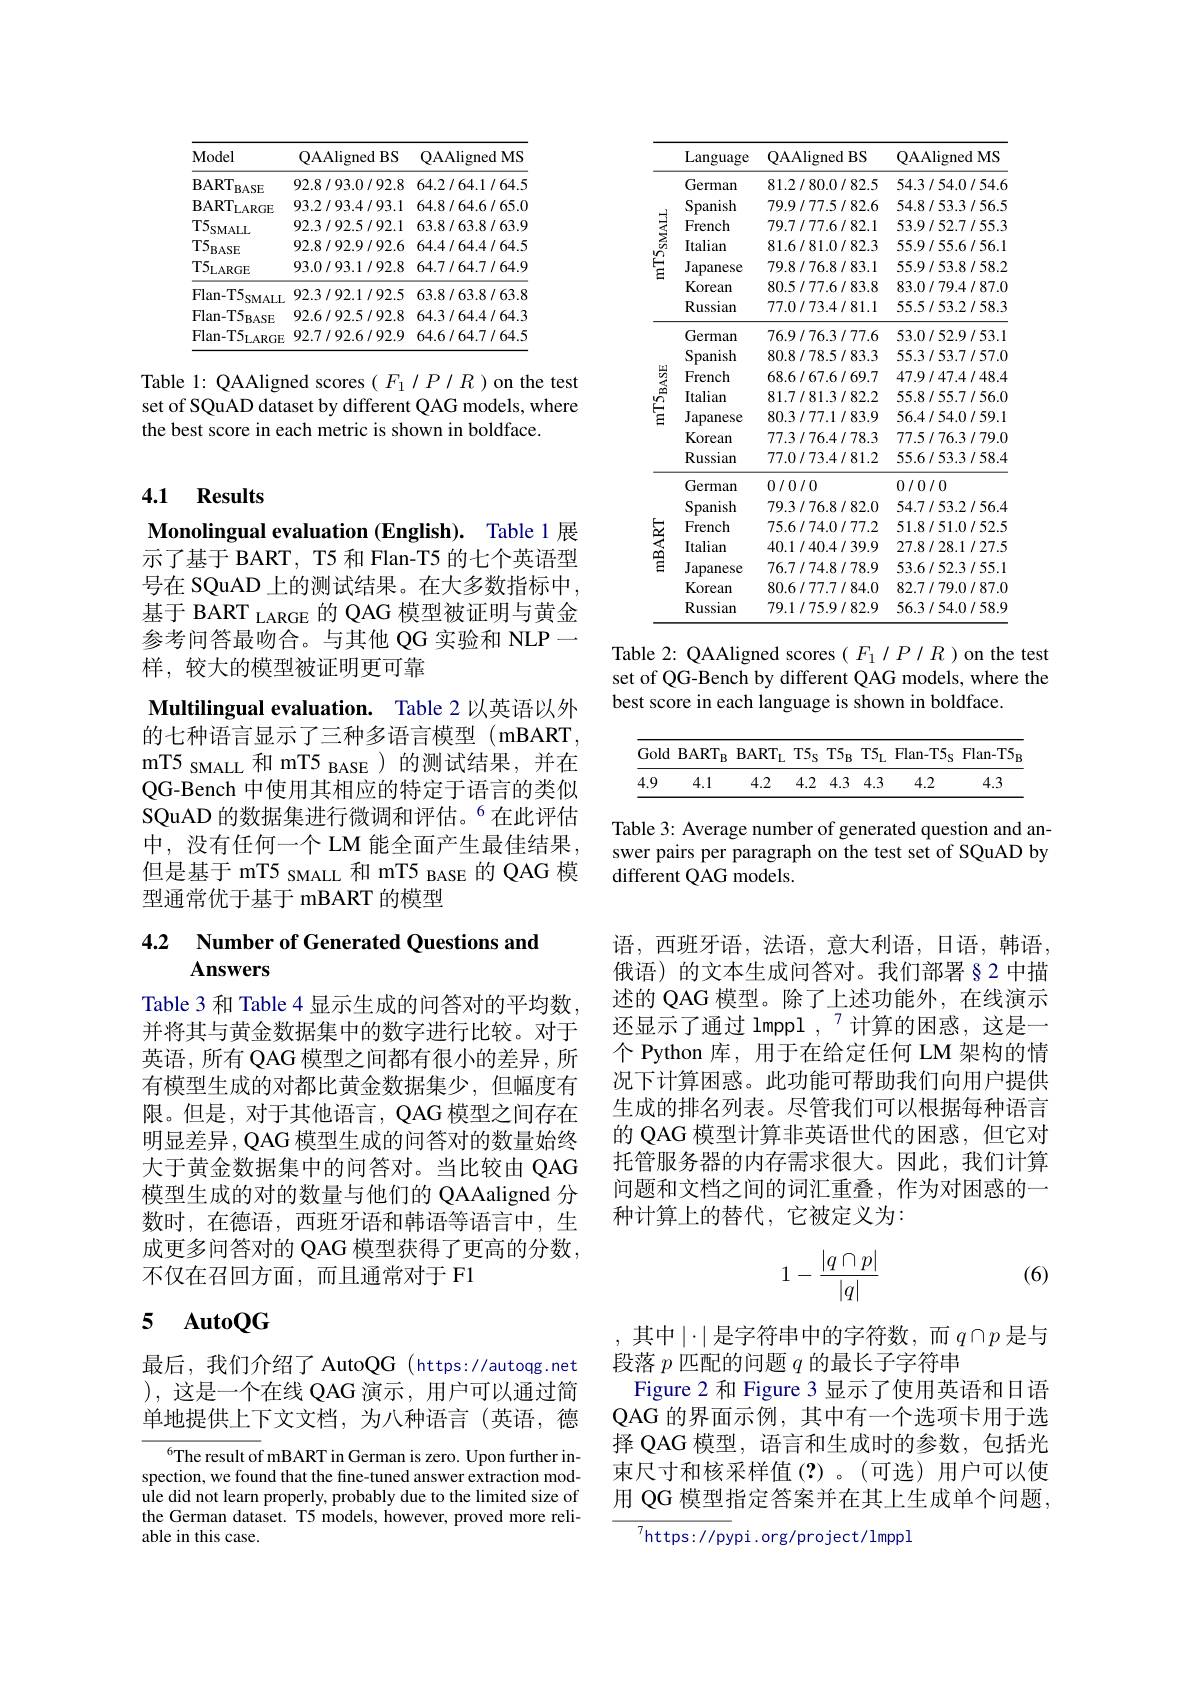
<table>
	<tbody>
		<tr>
			<th>Model</th>
			<th>QAAligned BS</th>
			<th>QAAligned MS</th>
		</tr>
		<tr>
			<td>$\mathbf{BART}$ BASE</td>
			<td>92.8/93.0/92.8</td>
			<td>64.2/64.1/64.5</td>
		</tr>
		<tr>
			<td>$\mathrm{BART}_{\mathrm{LARGE}}$</td>
			<td>93.2/93.4/93.1</td>
			<td>64.8/64.6/65.0</td>
		</tr>
		<tr>
			<td>$T5$ SMALL</td>
			<td>92.3/92.5/92.1</td>
			<td>63.8/63.8/63.9</td>
		</tr>
		<tr>
			<td>$T5$ 'BASE</td>
			<td>92.8/92.9/92.6</td>
			<td>64.4/64.4/64.5</td>
		</tr>
		<tr>
			<td>$\mathrm{T5}_{\mathrm{LARGE}}$</td>
			<td>93.0/93.1/92.8</td>
			<td>64.7/64.7/64.9</td>
		</tr>
		<tr>
			<td>Flan- T5 SMALL</td>
			<td>92.3/92.1/92.5</td>
			<td>63.8/63.8/63.8</td>
		</tr>
		<tr>
			<td>$\mathrm{Flan-T5}_{\mathrm{BASE}}$</td>
			<td>92.6/92.5/92.8</td>
			<td>64.3/64.4/64.3</td>
		</tr>
		<tr>
			<td>$\mathrm{Flan-T5}_{\mathrm{LARGE}}$</td>
			<td>92.7/92.6/92.9</td>
			<td>64.6/64.7/64.5</td>
		</tr>
	</tbody>
</table>

Table 1: QAAligned scores $(F_1/P/R)$ on the test set of SQuAD dataset by different QAG models, where the best score in each metric is shown in boldface.

### 4.1 Results

Monolingual evaluation (English). Table 1 展示了基于 BART, T5 和 Flan-T5 的七个英语型号在 SQuAD 上的测试结果。在大多数指标中， 基于 BART LARGE 的 QAG 模型被证明与黄金参考问答最吻合。与其他 OG 实验和 NLP— 样，较大的模型被证明更可靠
Multilingual evaluation. Table 2 以英语以外的七种语言显示了三种多语言模型(mBART, mT5 SMALL 和 mT5 BASE )的测试结果，并在QG-Bench 中使用其相应的特定于语言的类似SQuAD 的数据集进行微调和评估。$^{6}$在此评估中，没有任何一个 LM 能全面产生最佳结果但是基于 mT5 sMALL 和 mT5 BASE 的 QAG 模型通常优于基于 mBART 的模型

## 4.2 Number of Generated Questions and Answers

Table 3 和 Table 4 显示生成的问答对的平均数， 并将其与黄金数据集中的数字进行比较。对于英语，所有 QAG 模型之间都有很小的差异，所有模型生成的对都比黄金数据集少，但幅度有限。但是，对于其他语言，QAG 模型之间存在明显差异，QAG 模型生成的问答对的数量始终大于黄金数据集中的问答对。当比较由 QAG 模型生成的对的数量与他们的 QAAaligned 分数时，在德语，西班牙语和韩语等语言中，生成更多问答对的 QAG 模型获得了更高的分数， 不仅在召回方面，而且通常对于 F1

## 5 $\textbf{AutoOG}$

最后，我们介绍了 AutoQG (https://autoqg.net ),这是一个在线 QAG 演示，用户可以通过简单地提供上下文文档，为八种语言(英语，德

$^{6}$The result of mBART in German is zero. Upon further inspection, we found that the fine-tuned answer extraction module did not learn properly, probably due to the limited size of the German dataset. T5 models, however, proved more reliable in this case.

<table>
	<tbody>
		<tr>
			<th> </th>
			<th>Language</th>
			<th>QAAligned BS</th>
			<th>QAAligned MS</th>
		</tr>
		<tr>
			<td rowspan="7">$m12_{\mathrm{SMAIJ}}$</td>
			<td>German</td>
			<td>81.2/80.0/82.5</td>
			<td>54.3/54.0/54.6</td>
		</tr>
		<tr>
			<td>Spanish</td>
			<td>79.9/77.5/82.6</td>
			<td>54.8/53.3/56.5</td>
		</tr>
		<tr>
			<td>French</td>
			<td>79.7/77.6/82.1</td>
			<td>53.9/52.7/55.3</td>
		</tr>
		<tr>
			<td>Italian</td>
			<td>81.6/81.0/82.3</td>
			<td>55.9/55.6/56.1</td>
		</tr>
		<tr>
			<td>Japanese</td>
			<td>79.8/76.8/83.1</td>
			<td>55.9/53.8/58.2</td>
		</tr>
		<tr>
			<td>Korean</td>
			<td>80.5/77.6/83.8</td>
			<td>83.0/79.4/87.0</td>
		</tr>
		<tr>
			<td>Russian</td>
			<td>77.0/73.4/81.1</td>
			<td>55.5/53.2/58.3</td>
		</tr>
		<tr>
			<td rowspan="7">$mlO_{\mathrm{RASF}}$</td>
			<td>German</td>
			<td>76.9/76.3/77.6</td>
			<td>53.0/52.9/53.1</td>
		</tr>
		<tr>
			<td>Spanish</td>
			<td>80.8/78.5/83.3</td>
			<td>55.3/53.7/57.0</td>
		</tr>
		<tr>
			<td>French</td>
			<td>68.6/67.6/69.7</td>
			<td>47.9/47.4/48.4</td>
		</tr>
		<tr>
			<td>Italian</td>
			<td>81.7/81.3/82.2</td>
			<td>55.8/55.7/56.0</td>
		</tr>
		<tr>
			<td>Japanese</td>
			<td>80.3/77.1/83.9</td>
			<td>56.4/54.0/59.1</td>
		</tr>
		<tr>
			<td>Korean</td>
			<td>77.3/76.4/78.3</td>
			<td>77.5/76.3/79.0</td>
		</tr>
		<tr>
			<td>Russian</td>
			<td>77.0/73.4/81.2</td>
			<td>55.6/53.3/58.4</td>
		</tr>
		<tr>
			<td rowspan="7">mBART</td>
			<td>German</td>
			<td>0/0/0</td>
			<td>0/0/0</td>
		</tr>
		<tr>
			<td>Spanish</td>
			<td>79.3/76.8/82.0</td>
			<td>54.7/53.2/56.4</td>
		</tr>
		<tr>
			<td>French</td>
			<td>75.6/74.0/77.2</td>
			<td>51.8/51.0/52.5</td>
		</tr>
		<tr>
			<td>Italian</td>
			<td>40.1/40.4/39.9</td>
			<td>27.8/28.1/27.5</td>
		</tr>
		<tr>
			<td>Japanese</td>
			<td>76.7/74.8/78.9</td>
			<td>53.6/52.3/55.1</td>
		</tr>
		<tr>
			<td>Korean</td>
			<td>80.6/77.7/84.0</td>
			<td>82.7/79.0/87.0</td>
		</tr>
		<tr>
			<td>Russian</td>
			<td>79.1/75.9/82.9</td>
			<td>56.3/54.0/58.9</td>
		</tr>
	</tbody>
</table>

Table 2: QAAligned scores $(F_1/P/R)$ on the test set of QG-Bench by different QAG models, where the best score in each language is shown in boldface.

<table>
	<tbody>
		<tr>
			<th>Gold</th>
			<th>$BART$ $B$</th>
			<th>$BART_{\mathrm{L}}$</th>
			<th>$T5s$</th>
			<th>$T5_{\mathrm{F}}$ $^{\prime}B$ 1 I</th>
			<th>$T5_{\mathrm{L}}$</th>
			<th>$Flan-T5_S$</th>
			<th>Flan- T5</th>
		</tr>
		<tr>
			<td>4.9</td>
			<td>4.1</td>
			<td>4.2</td>
			<td>4.2</td>
			<td>4.3</td>
			<td>4.3</td>
			<td>4.2</td>
			<td>4.3</td>
		</tr>
	</tbody>
</table>

Table 3: Average number of generated question and answer pairs per paragraph on the test set of SQuAD by different QAG models.

语，西班牙语，法语，意大利语，日语，韩语俄语)的文本生成问答对。我们部署§2 中描述的 QAG 模型。除了上述功能外，在线演示还显示了通过 lmppl $,^{7}$计算的困惑，这是一个 Python 库，用于在给定任何 LM 架构的情况下计算困惑。此功能可帮助我们向用户提供生成的排名列表。尽管我们可以根据每种语言的 QAG 模型计算非英语世代的困惑，但它对托管服务器的内存需求很大。因此，我们计算问题和文档之间的词汇重叠，作为对困惑的一种计算上的替代，它被定义为：

(6)
$$1-\frac{|q\cap p|}{|q|}$$
,其中$\mid\cdot\mid$是字符串中的字符数，而$q\cap p$ 是与
段落$p$匹配的问题$q$的最长子字符串
Figure 2 和 Figure 3 显示了使用英语和日语QAG 的界面示例，其中有一个选项卡用于选择 QAG 模型，语言和生成时的参数，包括光束尺寸和核采样值(?)。(可选)用户可以使用 QG 模型指定答案并在其上生成单个问题，

$^{7}$https://pypi.org/project/lmppl